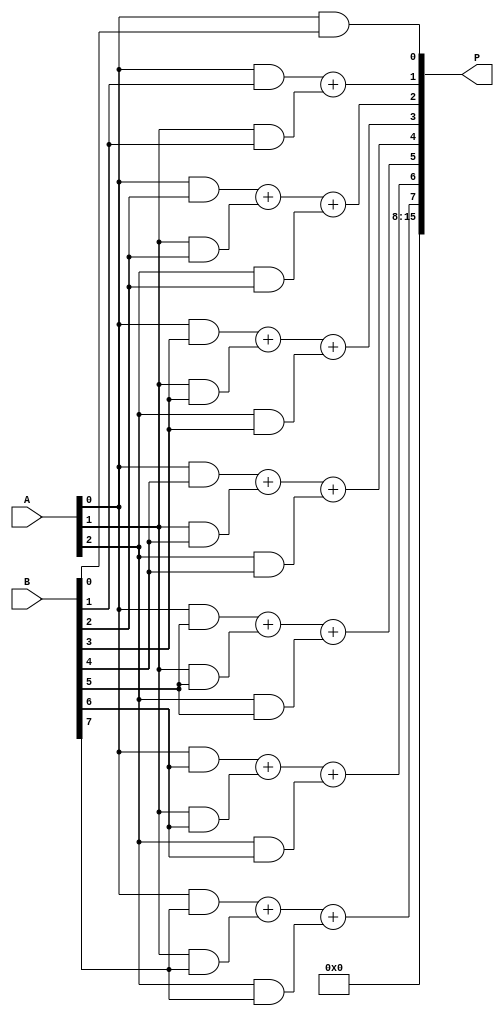
module dadda_multiplier #(parameter n = 8) (
    input [n-1:0] A, // n-bit input A
    input [n-1:0] B, // n-bit input B
    output [2*n-1:0] P // 2n-bit product output
);

    // Partial product generation
    wire [n-1:0] pp[n-1:0]; // Array of partial products
    genvar i, j;
    generate
        for (i = 0; i < n; i = i + 1) begin : partial_product
            for (j = 0; j < n; j = j + 1) begin : pp_gen
                assign pp[i][j] = A[i] & B[j];
            end
        end
    endgenerate

    // Stage 1: Collect columns and reduce using Half Adders (HA) and Full Adders (FA)
    wire [n*(n-1):0] sum;
    wire [(n-1):0] carry;

    // Using a simple reduction for illustration; real Dadda would require more stages
    generate
        for (j = 0; j < 2*n; j = j + 1) begin : adders
            if (j == 0) begin
                assign sum[j] = pp[0][j];
                assign carry[j] = 0;
            end else if (j == 1) begin
                assign {carry[j], sum[j]} = pp[0][j] + pp[1][j];
            end else if (j < n) begin
                assign {carry[j], sum[j]} = pp[0][j] + pp[1][j] + pp[2][j];
            end else begin
                assign sum[j] = 0; // Default to 0 where no valid addition occurs
                assign carry[j] = 0;
            end
        end
    endgenerate

    // Final summation to generate the final product P
    wire [2*n-1:0] final_sum;
    assign final_sum = {carry, sum}; // Combine carry and sum

    assign P = final_sum; // Output the final product

endmodule